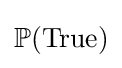
\mathbb {P} ({\text{True}})